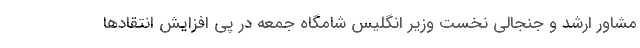
مشاور ارشد و جنجالی نخست وزیر انگلیس شامگاه جمعه در پی افزایش انتقادها